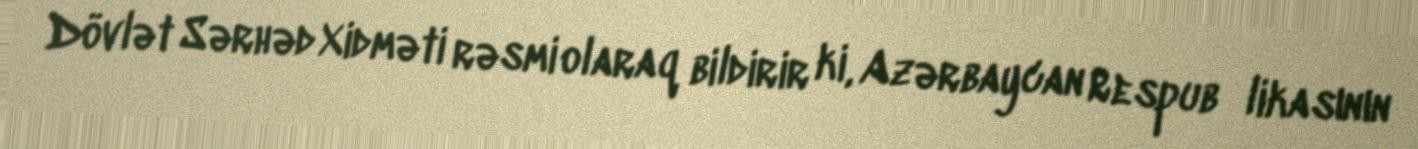
Dövlət Sərhəd Xidməti rəsmi olaraq bildirir ki, Azərbaycan Respub­likasının